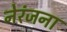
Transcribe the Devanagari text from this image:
नेरंजना